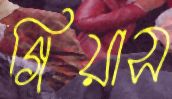
গিয়াস